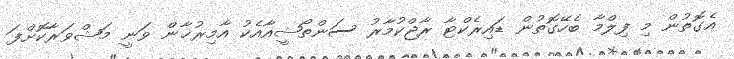
އެގޮތުން މި ފިލްމާ ބެހޭގޮތުން ޑައިރެކްޓާ ރާޖްކުމާރު ސަންތޯޝީއާއެކު އާމިރުޚާން ވަނީ މަޝްވަރާކޮށްފަ